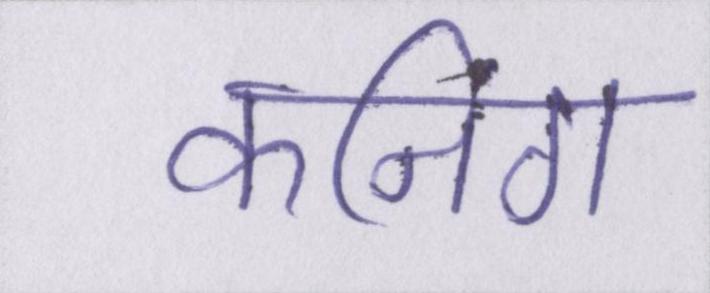
कनिंग